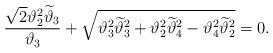
LaTeX: \begin{align*}{\sqrt{2}\vartheta^2_2\widetilde\vartheta_3\over\vartheta_3}+\sqrt{\vartheta_3^2\widetilde\vartheta_3^2+\vartheta_2^2\widetilde\vartheta_4^2 -\vartheta_4^2\widetilde\vartheta_2^2}=0.\end{align*}